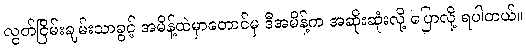
လွတ်ငြိမ်းချမ်းသာခွင့် အမိန့်ထဲမှာတောင်မှ ဒီအမိန့်က အဆိုးဆုံးလို့ ပြောလို့ ရပါတယ်။